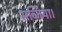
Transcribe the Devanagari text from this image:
सब्जिया।